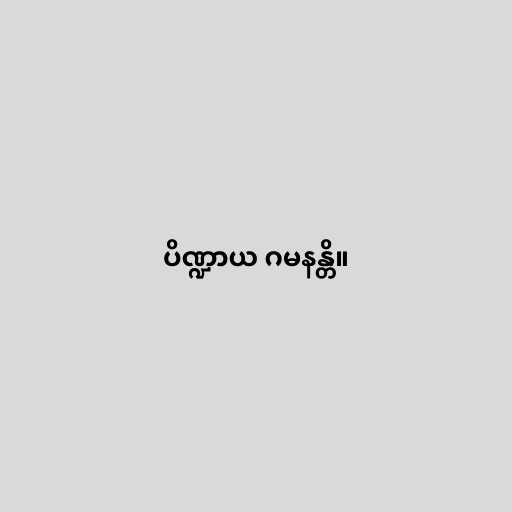
ပိဏ္ဍာယ ဂမနန္တိ။